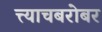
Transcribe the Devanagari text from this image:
त्त्याचबरोबर